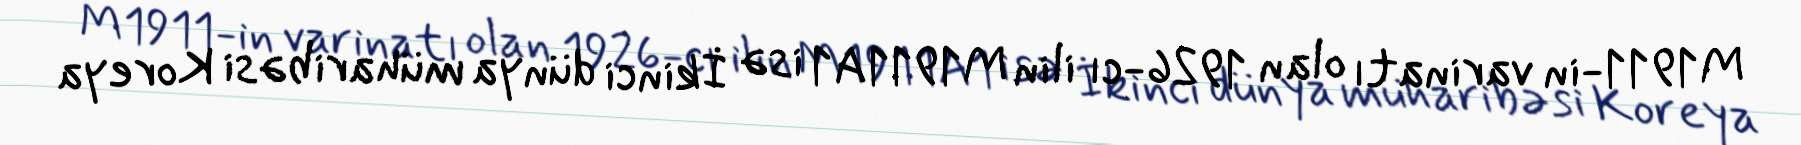
M1911-in varinatı olan 1926-cı ilin M1911A1 isə İkinci dünya müharibəsi Koreya